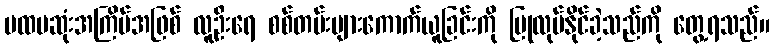
ပထမဆုံးအကြိမ်အဖြစ် လူဦးရေ စစ်တမ်းများကောက်ယူခြင်းကို ပြုလုပ်နိုင်ခဲ့သည်ကို တွေ့ရသည်။